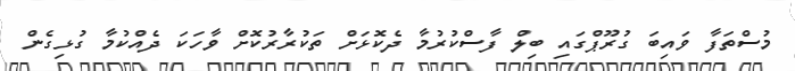
މުސްތަފާ ވައިބަ ގުރޫޕްގައި ބިލް ފާސްކުރުމާ ދެކޮޅަށް ތަކުރާރުކޮށް ވާހަކަ ދެއްކުމާ ގުޅިގެން